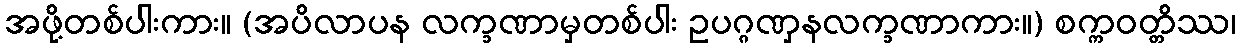
အဖို့တစ်ပါးကား။ (အပိလာပန လက္ခဏာမှတစ်ပါး ဥပဂ္ဂဏှနလက္ခဏာကား။) စက္ကဝတ္တိဿ၊